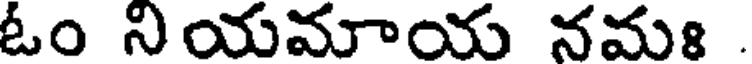
ఓం నియమాయ నమః .